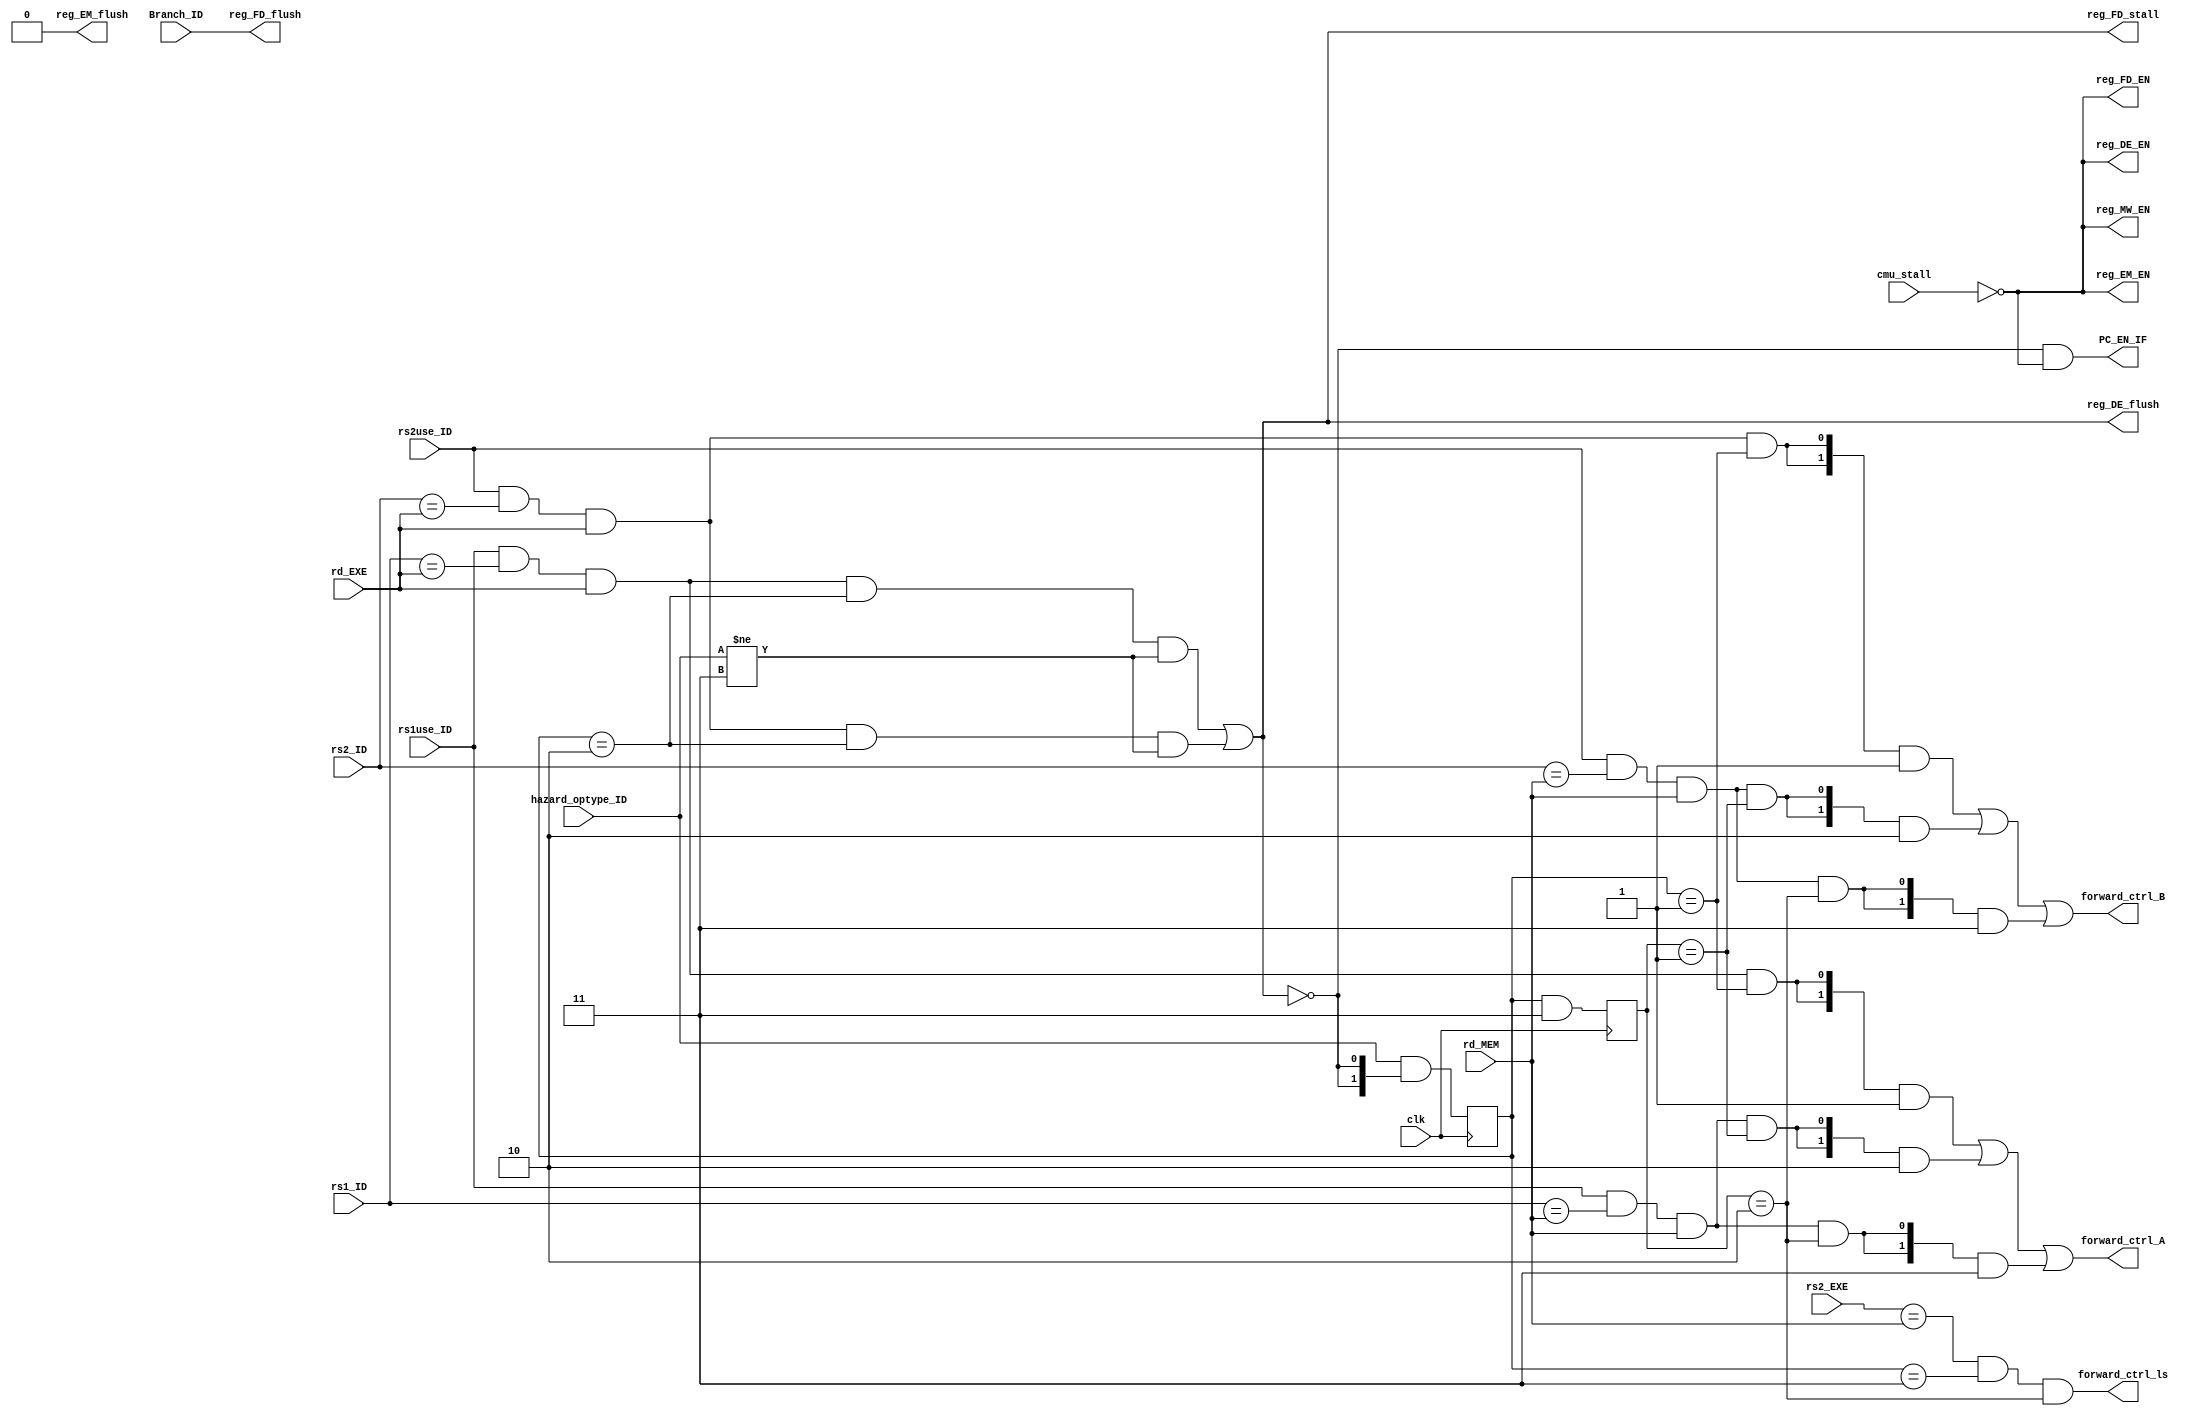
`timescale 1ps/1ps

module HazardDetectionUnit(
    input clk,
    input Branch_ID, rs1use_ID, rs2use_ID,
    input[1:0] hazard_optype_ID,
    input[4:0] rd_EXE, rd_MEM, rs1_ID, rs2_ID, rs2_EXE,
    input cmu_stall,
    output PC_EN_IF, reg_FD_EN, reg_FD_stall, reg_FD_flush,
        reg_DE_EN, reg_DE_flush, reg_EM_EN, reg_EM_flush, reg_MW_EN,
    output forward_ctrl_ls,
    output[1:0] forward_ctrl_A, forward_ctrl_B
);

    assign reg_FD_EN = ~cmu_stall;
    assign reg_DE_EN = ~cmu_stall;
    assign reg_EM_EN = ~cmu_stall;
    assign reg_MW_EN = ~cmu_stall;
    assign reg_EM_flush = 0;

    reg[1:0] hazard_optype_EXE, hazard_optype_MEM;
    always@(posedge clk) begin
        hazard_optype_MEM <= hazard_optype_EXE & {2{~reg_EM_flush}};
        hazard_optype_EXE <= hazard_optype_ID & {2{~reg_DE_flush}};
    end

    parameter hazard_optype_ALU = 2'd1;
    parameter hazard_optype_LOAD = 2'd2;
    parameter hazard_optype_STORE = 2'd3;

    wire rs1_forward_1     = rs1use_ID && rs1_ID == rd_EXE && rd_EXE && hazard_optype_EXE == hazard_optype_ALU;
    wire rs1_forward_stall = rs1use_ID && rs1_ID == rd_EXE && rd_EXE && hazard_optype_EXE == hazard_optype_LOAD
                             && hazard_optype_ID != hazard_optype_STORE;
    wire rs1_forward_2     = rs1use_ID && rs1_ID == rd_MEM && rd_MEM && hazard_optype_MEM == hazard_optype_ALU;
    wire rs1_forward_3     = rs1use_ID && rs1_ID == rd_MEM && rd_MEM && hazard_optype_MEM == hazard_optype_LOAD;

    wire rs2_forward_1     = rs2use_ID && rs2_ID == rd_EXE && rd_EXE && hazard_optype_EXE == hazard_optype_ALU;
    wire rs2_forward_stall = rs2use_ID && rs2_ID == rd_EXE && rd_EXE && hazard_optype_EXE == hazard_optype_LOAD
                             && hazard_optype_ID != hazard_optype_STORE;
    wire rs2_forward_2     = rs2use_ID && rs2_ID == rd_MEM && rd_MEM && hazard_optype_MEM == hazard_optype_ALU;
    wire rs2_forward_3     = rs2use_ID && rs2_ID == rd_MEM && rd_MEM && hazard_optype_MEM == hazard_optype_LOAD;

    wire load_stall = rs1_forward_stall | rs2_forward_stall;

    assign PC_EN_IF = ~load_stall & ~cmu_stall;
    assign reg_FD_stall = load_stall;
    assign reg_FD_flush = Branch_ID;
    assign reg_DE_flush = load_stall;

    assign forward_ctrl_A = {2{rs1_forward_1}} & 2'd1 |
                            {2{rs1_forward_2}} & 2'd2 |
                            {2{rs1_forward_3}} & 2'd3 ;

    assign forward_ctrl_B = {2{rs2_forward_1}} & 2'd1 |
                            {2{rs2_forward_2}} & 2'd2 |
                            {2{rs2_forward_3}} & 2'd3 ;

    assign forward_ctrl_ls = rs2_EXE == rd_MEM && hazard_optype_EXE == hazard_optype_STORE
                            && hazard_optype_MEM == hazard_optype_LOAD;

endmodule